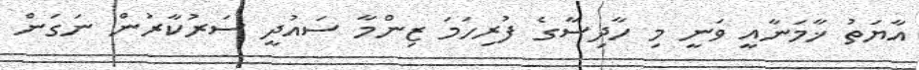
އާޔަތު ޚާމަނާއީ ވަނީ މި ހާދިސާގެ ފުރިހަމަ ޒިންމާ ސައުދީ ސަރުކާރުން ނަގަން